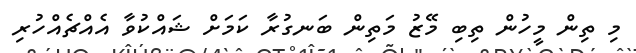
މި ތިން މީހުން ތިބި މޭޒު މަތިން ބަނގުރާ ކަމަށް ޝައްކުވާ އެއްޗެއްހުރި